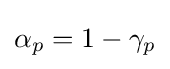
\alpha _{p}=1-\gamma _{p}